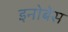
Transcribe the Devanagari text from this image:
इनोबेस